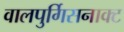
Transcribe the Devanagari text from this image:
वालपुर्गिसनाक्ट